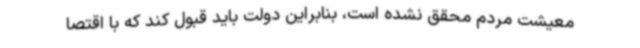
معیشت مردم محقق نشده است، بنابراین دولت باید قبول کند که با اقتصا